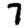
Digit: 7